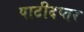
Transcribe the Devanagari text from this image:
पाटीदप्तर